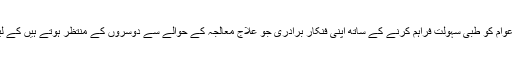
اسپتال بنانے کامقصد اورنگی کی 35لاکھ عوام کو طبی سہولت فراہم کرنے کے ساتھ اپنی فنکار برادری جو علاج معالجہ کے حوالے سے دوسروں کے منتظر ہوتے ہیں کے لیے بھی علاج معالجہ کا بندوبست کرنا ہے۔